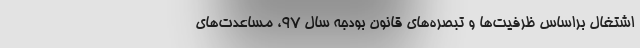
اشتغال براساس ظرفیت‌ها و تبصره‌های قانون بودجه سال‌ ۹۷، مساعدت‌های